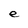
Character: e